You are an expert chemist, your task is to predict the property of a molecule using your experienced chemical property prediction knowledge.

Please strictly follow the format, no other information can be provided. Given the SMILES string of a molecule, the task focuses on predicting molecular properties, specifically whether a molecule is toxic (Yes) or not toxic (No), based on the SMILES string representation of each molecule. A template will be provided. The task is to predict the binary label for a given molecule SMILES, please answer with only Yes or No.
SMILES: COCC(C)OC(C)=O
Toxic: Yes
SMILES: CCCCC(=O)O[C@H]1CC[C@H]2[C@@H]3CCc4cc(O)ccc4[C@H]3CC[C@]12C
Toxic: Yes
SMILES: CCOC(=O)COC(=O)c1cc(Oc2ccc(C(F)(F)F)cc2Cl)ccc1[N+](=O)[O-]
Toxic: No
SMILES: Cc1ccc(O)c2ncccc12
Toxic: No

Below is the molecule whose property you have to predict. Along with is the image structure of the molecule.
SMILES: COc1cc(C=O)ccc1OC(=O)C(C)C
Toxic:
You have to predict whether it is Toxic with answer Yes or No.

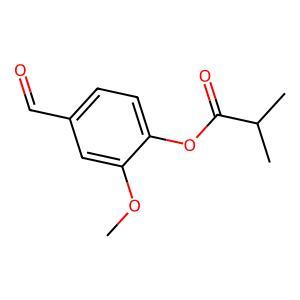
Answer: No